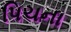
પિચના